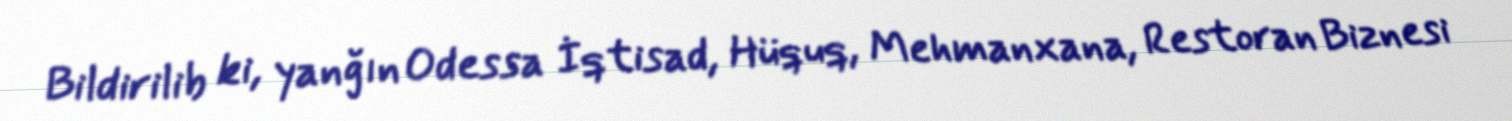
Bildirilib ki, yanğın Odessa İqtisad, Hüquq, Mehmanxana, Restoran Biznesi